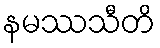
နမဿသီတိ